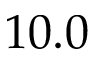
1 0 . 0